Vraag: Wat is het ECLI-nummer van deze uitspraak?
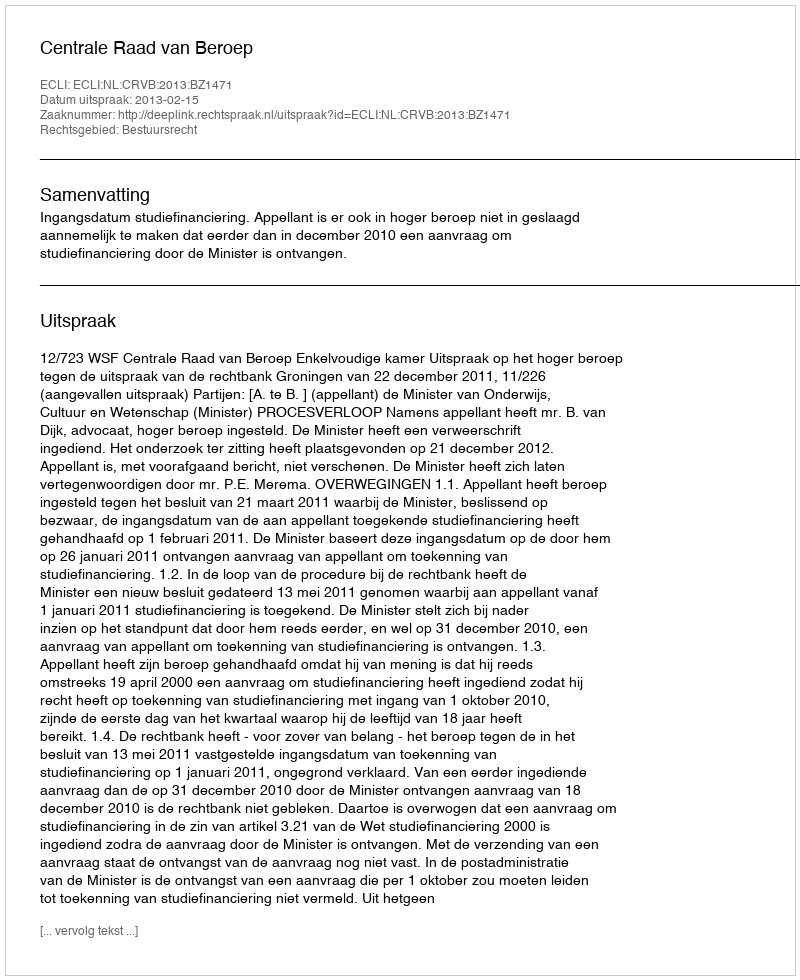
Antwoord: ECLI:NL:CRVB:2013:BZ1471